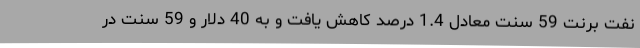
نفت برنت 59 سنت معادل 1.4 درصد کاهش یافت و به 40 دلار و 59 سنت در